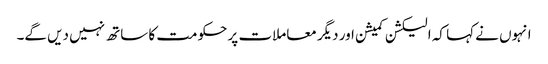
انہوں نے کہا کہ الیکشن کمیشن اور دیگر معاملات پر حکومت کا ساتھ نہیں دیں گے۔